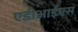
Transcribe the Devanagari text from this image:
एडीआईएस